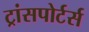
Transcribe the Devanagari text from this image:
ट्रांसपोर्टर्स